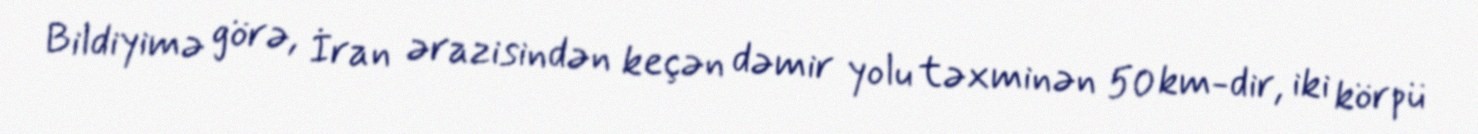
Bildiyimə görə, İran ərazisindən keçən dəmir yolu təxminən 50 km-dir, iki körpü